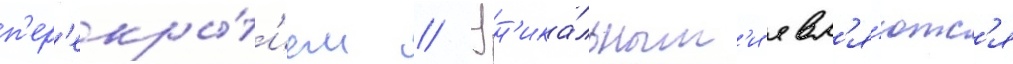
п'ер'екры́т'ием // Ун'ика́льным'и явл'я́ютс'я